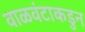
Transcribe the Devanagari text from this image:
वाळवंटाकडुन